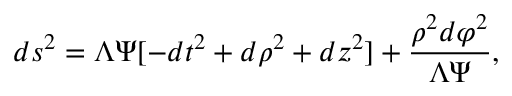
d s ^ { 2 } = \Lambda \Psi [ - d t ^ { 2 } + d \rho ^ { 2 } + d z ^ { 2 } ] + \frac { \rho ^ { 2 } d \varphi ^ { 2 } } { \Lambda \Psi } ,